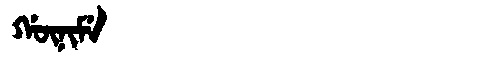
Manchu: ᡤᡡᠨᡳᠮᡝ
Romanization: GŪNIME